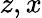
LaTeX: z,x